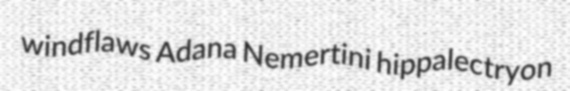
windflaws Adana Nemertini hippalectryon